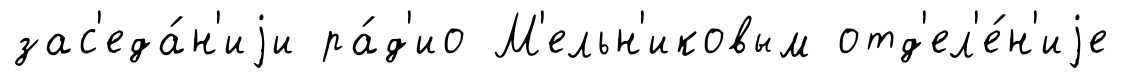
зас'еда́н'иjи ра́д'ио М'ельн'иковым отд'ел'е́н'иjе